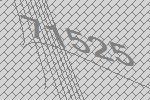
71525